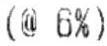
(@ 6%)